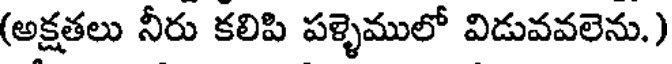
(అక్షతలు నీరు కలిపి పళ్ళెములో విడువవలెను.)